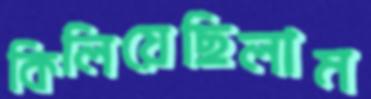
কিলিয়েছিলাম